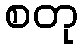
စတု